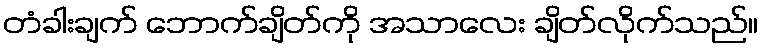
တံခါးချက် ဘောက်ချိတ်ကို အသာလေး ချိတ်လိုက်သည်။